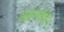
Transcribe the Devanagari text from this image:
अज्ञानप्रेरित